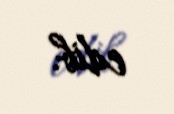
edib.